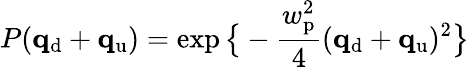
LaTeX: P(\mathbf{q}_{\mathrm{d}}+\mathbf{q}_{\mathrm{u}})=\exp\big\{ -\frac{w_{\mathrm{p}}^{2}}{4}(\mathbf{q}_{\mathrm{d}}+\mathbf{q}_{\mathrm{u}})^{2}\big\}